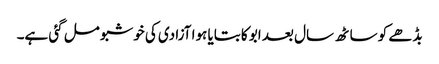
بڈھے کو ساٹھ سال بعد ابو کا بتایا ہوا آزادی کی خوشبو مل گئی ہے۔